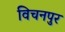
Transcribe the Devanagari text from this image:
विचनपुर